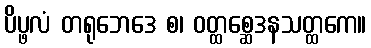
ပိပ္ဖလံ တရုဘေဒေ စ၊ ဝတ္ထစ္ဆေဒနသတ္ထကေ။